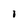
Character: I